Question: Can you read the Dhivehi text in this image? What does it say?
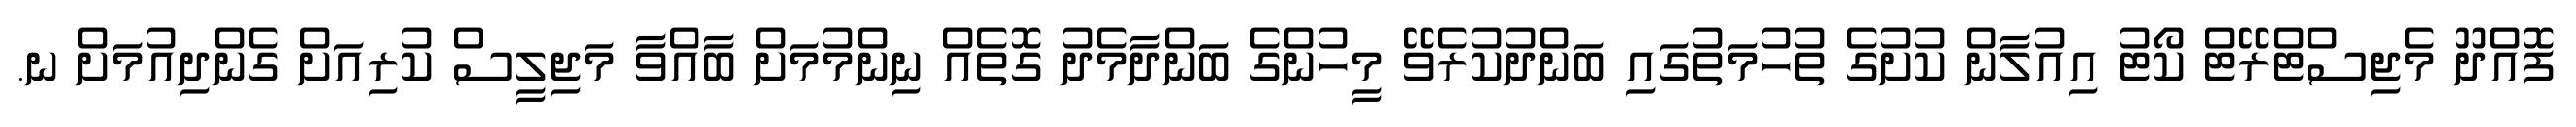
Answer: ފޮއްދޫ މެޖިސްޓްރޭޓް ކޯޓު އިއުލާން ކުށުގެ ތުހުމަތުގައި ބަންދުކުރެވޭ މީހުންގެ ބަންދާމެދު ގޮތެއް ނިންމުމަށް ބާއްވާ މަޖިލީސް ކުރިއަށް ގެންދިއުމަށް ނ.